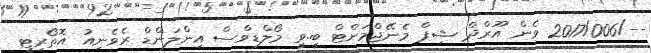
--/2017/006 ވެން އޫރްދް ޝިޕް މެނޭޖްމަންޓް ބީ.ވީ މޯލްޑިވްސް އިންލަންޑް ރެވެނިއު އޮތޯރިޓީ